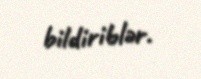
bildiriblər.